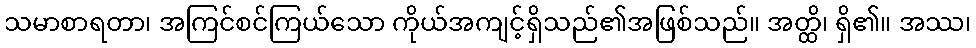
သမာစာရတာ၊ အကြင်စင်ကြယ်သော ကိုယ်အကျင့်ရှိသည်၏အဖြစ်သည်။ အတ္ထိ၊ ရှိ၏။ အဿ၊